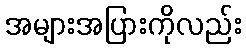
အများအပြားကိုလည်း